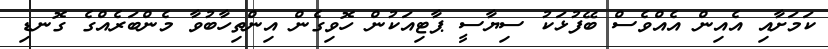
ކަމަށާއި އެއިން އެއްވެސް ބޭފުޅަކު ސިޔާސީ ޕާޓިއަކުން ހޮވިގެން އިންތިހާބުވާ މެންބަރެއްގެ ގޮނޑި